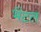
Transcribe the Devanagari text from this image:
भेंटत